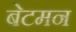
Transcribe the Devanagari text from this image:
बेटमन